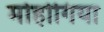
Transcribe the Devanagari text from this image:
मोहोगिया